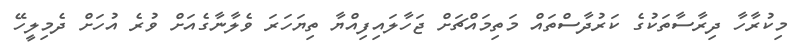
މިކުރާހާ ދިރާސާތަކުގެ ކަރުދާސްތައް މަތިމައްޗަށް ޖަހާލައިފިއްޔާ ތިޔަހަރަ ވެލާނާގެއަށް ވުރެ އުހަށް ދެމިލީހޭ